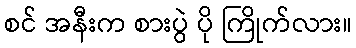
စင် အနီးက စားပွဲ ပို ကြိုက်လား။